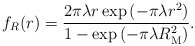
\begin{align*}\!\!\!\!\!\!f_R(r)=\frac{2 \pi \lambda r \exp \left(- \pi \lambda r^2 \right)}{1-\exp \left(- \pi \lambda R_{\rm M}^2 \right)}.\end{align*}